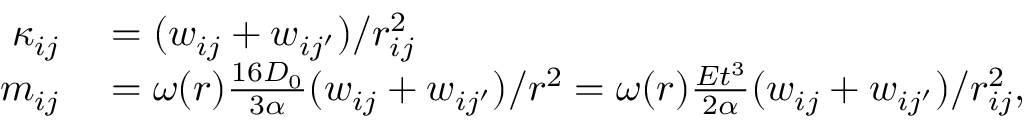
\begin{array} { r l } { \kappa _ { i j } } & { { } = ( w _ { i j } + w _ { i j ^ { \prime } } ) / r _ { i j } ^ { 2 } } \\ { m _ { i j } } & { { } = \omega ( r ) \frac { 1 6 D _ { 0 } } { 3 \alpha } ( w _ { i j } + w _ { i j ^ { \prime } } ) / r ^ { 2 } = \omega ( r ) \frac { E t ^ { 3 } } { 2 \alpha } ( w _ { i j } + w _ { i j ^ { \prime } } ) / r _ { i j } ^ { 2 } , } \end{array}